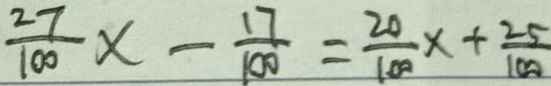
\frac { 2 7 } { 1 0 0 } x - \frac { 1 7 } { 1 0 0 } = \frac { 2 0 } { 1 0 0 } x + \frac { 2 5 } { 1 0 0 }